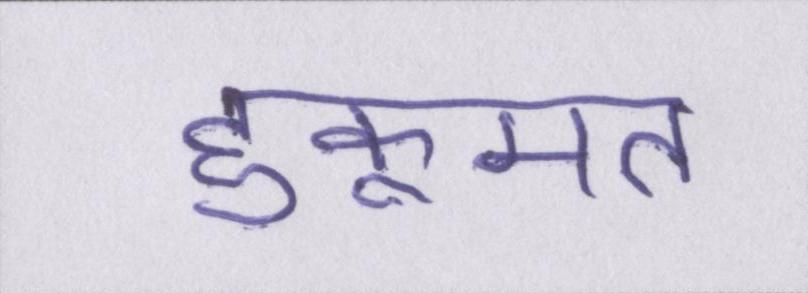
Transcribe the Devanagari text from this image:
हुकूमत